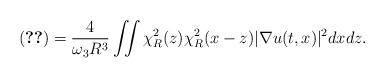
LaTeX: \begin{align*}\eqref{term-3-mora-1} = \frac{4}{\omega_3 R^3} \iint \chi^2_R(z) \chi^2_R(x-z) |\nabla u(t,x)|^2 dx dz. \end{align*}